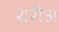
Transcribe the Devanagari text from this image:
शरीअ